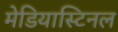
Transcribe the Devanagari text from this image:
मेडियास्टिनल